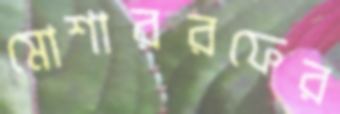
মোশাররফের